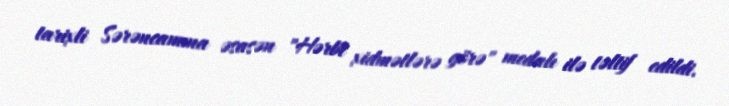
tarixli Sərəncamına əsasən "Hərbi xidmətlərə görə" medalı ilə təltif edildi.